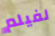
لفيلم